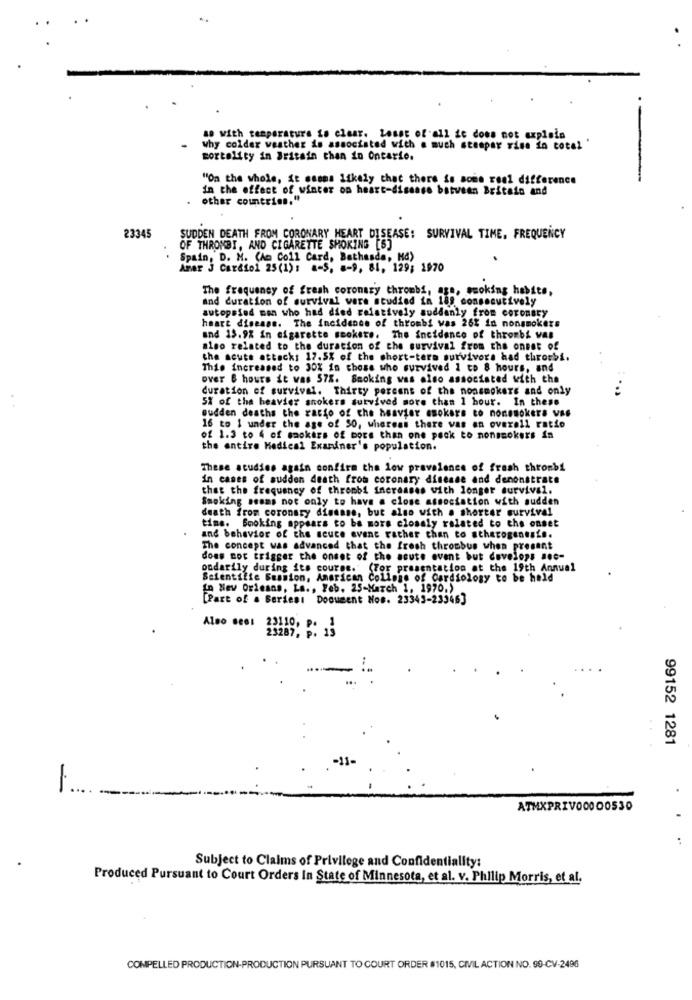
ao with temperature is clear. Lesst of all ic does not explain
why colder weather is associated with a much stespar riss in cotal "
mortality in Britain than in Ontario.
"On the whole, it seems likely that there is some real difference
in the effect of winter on heart-disease batvean Britain and
other countries,"
23345
SUDDEN DEATH FROM CORONARY HEART DISEASE: SURVIVAL TIME, FREQUENCY
OF THRONBI, AND CIGARETTE SMOKING [5]
Spain, D. M. (Am Coll Card, Bethesda, Ha)
Amer 3 Cardiol 25(1): a-5, #-9, 81, 129; 1970
The frequency of fresh coronary thrombi, aga, smoking habits,
and duration of survival vars studied in 188 consecutively
autopsied man who had died relatively suddenly from coronary
heart disease. The incidence of thrombi was 26% in nonsmokers
and 15.9% in cigarette smokete. The incidence of thronbk vas
also related to the duration of che survival from the onset of
the seute attacks 12.5% of the short-term survivors had thrombi.
This increased to 30% in chose who survived 1 to 8 hours, and
over & hours it was 57%. Smoking was also associated with the
duration of survival. Thirty percent of the nonsmokers and only
5% of the heavier snokers survived more than 1 hour. In these
sudden deaths the racio of the heavier ssokars to nonsmokers vas
16 to 1 under the age of 50, whereas there vas an overall ratio
of 1.3 to 4 of smokers of more than one pack to nonsmokers in
the entire Medical Examiner's population.
These studies again confirm the low prevalence of fresh thronbi
In cases of sudden death from coronary disease and demonstrate
that the frequency of thrombi increases with longer survival.
Smoking seams not only to have a close association with sudden
death from coronary disease, but also with a shorter survival
time. Booking appears to be more closely related to the onset
and behavior of the seuce evene rather than to stharogeneste.
The concept was advanced that the fresh thrombus when present
does not trigger the onset of the acute event but develops sec-
ondarily during its course." (For presentation at the 19th Annual
Scientific Session, American College of Cardiology to be hold
In New Orleans, La ., Feb. 25-March 1, 1970.)
[Part of a Beriest Document Nos. 23343-23346]
Also seos
23110, p.
99152 1281
-
ATMXPRIV00000530
Subject to Claims of Privilege and Confidentiality:
Produced Pursuant to Court Orders In State of Minnesota, et al. v. Philip Morris, et al.
COMPELLED PRODUCTION-PRODUCTION PURSUANT TO COURT ORDER #1015, CIVIL ACTION NO. 90-CV-2496